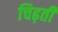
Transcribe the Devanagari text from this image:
चिढ़ती